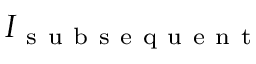
I _ { \mathrm { ~ s ~ u ~ b ~ s ~ e ~ q ~ u ~ e ~ n ~ t ~ } }